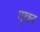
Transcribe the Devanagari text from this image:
मुखन